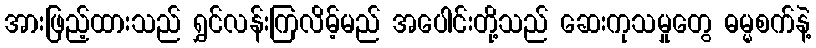
အားဖြည့်ထားသည် ရွှင်လန်းကြလိမ့်မည် အပေါင်းတို့သည် ဆေးကုသမှုတွေ ဓမ္မစက်နဲ့